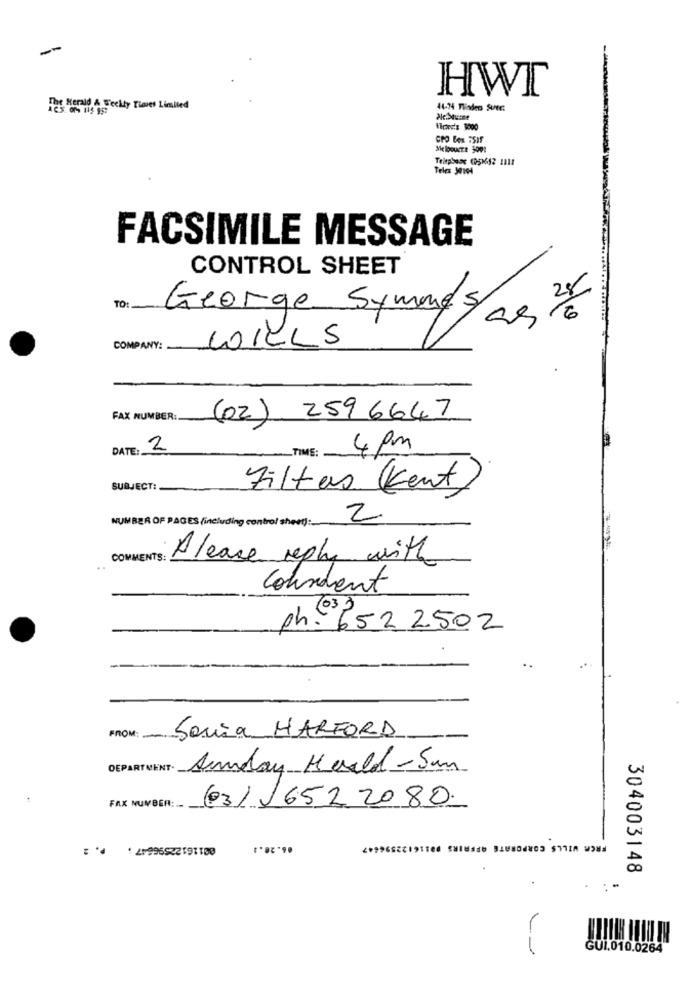
--
HWT
Fat Herald & Weekly Times Limited
44-74 Tlinden SutE.
WEcanvis 3000
GPO BOR 7519
Melooucre 5001
Telepbase (051652 1111
Teles WWW
FACSIMILE MESSAGE
CONTROL SHEET
TO:
George Symmes/cs 16
WILLS
COMPANY:
FAX NUMBER:
(02) 2596647
DATE:
2
TIME:
4 pm
SUBJECT:
Filters Kent
2
NUMBER OF PAGES (including control sheet):
COMMENTS:
A lease reply with
Conindent
ph. 652 2502
FROM: -
Sonia HARFORD
DEPARTMENT Anday Harald-Sun
FAX NUMBER :..
(03/16522080
06.20.1
47
304003148
GUI.010.0264